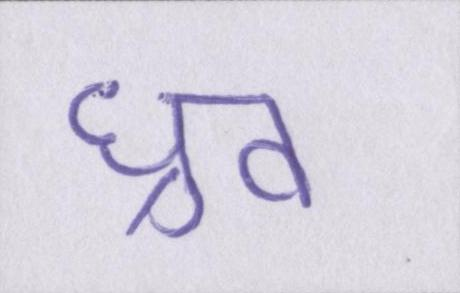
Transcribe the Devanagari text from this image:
ध्रुव